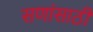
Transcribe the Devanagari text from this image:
सणांसाठी